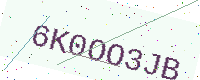
Text: 6K0OO3JB